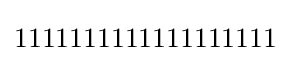
1111111111111111111